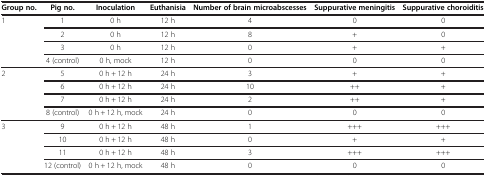
| Group no. | Pig no. | Inoculation | Euthanisia | Number of brain microabscesses | Suppurative meningitis | Suppurative choroiditis |
 | --- | --- | --- | --- | --- | --- | --- |
 | <ROWSPAN=4> 1 | 1 | 0 h | 12 h | 4 | 0 | 0 |
 | 2 | 0 h | 12 h | 8 | + | 0 |
 | 3 | 0 h | 12 h | 0 | + | + |
 | 4 (control) | 0 h, mock | 12 h | 0 | 0 | 0 |
 | <ROWSPAN=4> 2 | 5 | 0 h + 12 h | 24 h | 3 | + | + |
 | 6 | 0 h + 12 h | 24 h | 10 | ++ | + |
 | 7 | 0 h + 12 h | 24 h | 2 | ++ | + |
 | 8 (control) | 0 h + 12 h, mock | 24 h | 0 | 0 | 0 |
 | <ROWSPAN=4> 3 | 9 | 0 h + 12 h | 48 h | 1 | +++ | +++ |
 | 10 | 0 h + 12 h | 48 h | 0 | + | + |
 | 11 | 0 h + 12 h | 48 h | 3 | +++ | +++ |
 | 12 (control) | 0 h + 12 h, mock | 48 h | 0 | 0 | 0 |